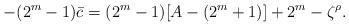
LaTeX: \begin{align*}-(2^m-1)\bar{c} = (2^m-1)[A-(2^m+1)] + 2^m - \zeta^\rho.\end{align*}